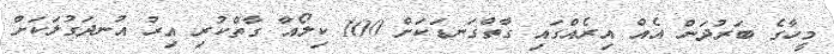
މީހާގެ ބަރުދަން އެއް އިރެއްގައި ގާތްގަނޑަކަށް 100 ކިލޯއާ ގާތްކުރި އިރު އުނދަގުލަކަށް